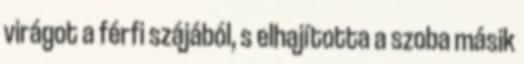
virágot a férfi szájából, s elhajította a szoba másik